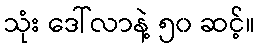
သုံး ဒေါ်လာနဲ့ ၅၀ ဆင့်။